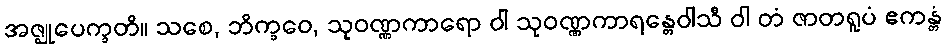
အဇ္ဈုပေက္ခတိ။ သစေ, ဘိက္ခဝေ, သုဝဏ္ဏကာရော ဝါ သုဝဏ္ဏကာရန္တေဝါသီ ဝါ တံ ဇာတရူပံ ဧကန္တံ